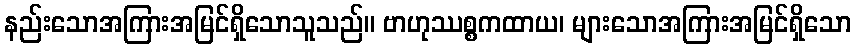
နည်းသောအကြားအမြင်ရှိသောသူသည်။ ဗာဟုဿစ္စကထာယ၊ များသောအကြားအမြင်ရှိသော